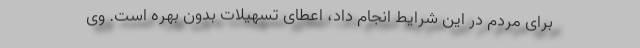
برای مردم در این شرایط انجام داد، اعطای تسهیلات بدون بهره است. وی